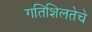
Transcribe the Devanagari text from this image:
गतिशिलतेचे